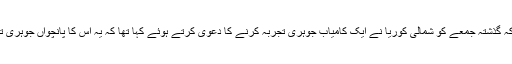
یاد رہے کہ گذشتہ جمعے کو شمالی کوریا نے ایک کامیاب جوہری تجربہ کرنے کا دعویٰ کرتے ہوئے کہا تھا کہ یہ اس کا پانچواں جوہری تجربہ ہے۔